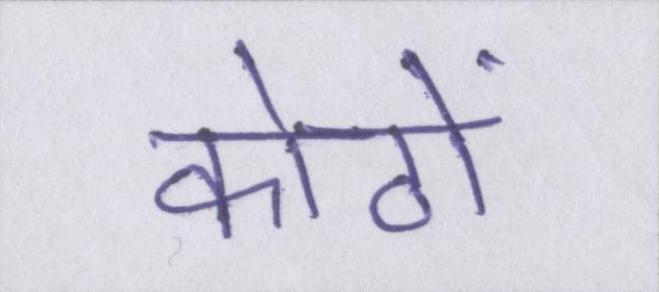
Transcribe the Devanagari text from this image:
कोठों